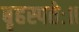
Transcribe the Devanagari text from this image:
बृहस्पतेः॥